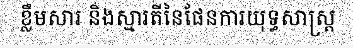
ខ្លឹមសារ និងស្មារតីនៃផែនការយុទ្ធសាស្ត្រ